Report of the Indian Hemp Drugs Commission, 1894-1895 - Volume VI
Year: 1894
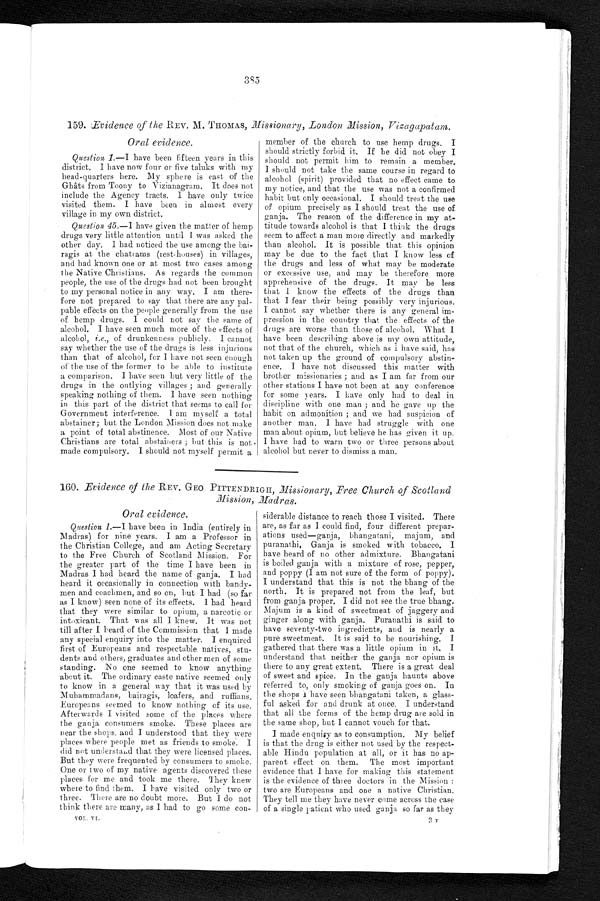
395
159. Evidence of the REV. M. THOMAS, Missionary, London Mission, Vizagapatam.
Oral evidence.
Question 1 .—I have been fifteen years in this
district. I have now four or five taluks with my
head-quarters here. My sphere is east of the
Ghâts from Toony to Vizianagram. It does not
include the Agency tracts. I have only twice
visited them. I have been in almost every
village in my own district.
Question 45.—I have given the matter of hemp
drugs very little attention until I was asked the
other day. I had noticed the use among the bai-
ragis at the chatrams (rest-houses) in villages,
and had known one or at most two cases among
the Native Christians. As regards the common
people, the use of the drugs had not been brought
to my personal notice in any way. I am there
–fore not prepared to say that there are any pal-
pable effects on the people generally from the use
of hemp drugs. I could not say the same of
alcohol. I have seen much more of the effects of
alcohol, i . e ., of drunkenness publicly. I cannot
say whether the use of the drugs is less injurious
than that of alcohol, for I have not seen enough
of the use of the former to be able to institute
a comparison. I have seen but very little of the
drugs in the outlying villages ; and generally
speaking nothing of them. I have seen nothing
in this part of the district that seems to call for
Government interference. I am myself a total
abstainer; but the London Mission does not make
a point of total abstinence. Most of our Native
Christians are total abstainers ; but this is not
made compulsory. I should not myself permit a
member of the church to use hemp drugs. I
should strictly forbid it. If be did not obey I
should not permit him to remain a member.
I should not take the same course in regard to
alcohol (spirit) provided that no effect came to
my notice, and that the use was not a confirmed
habit but only occasional. I should treat the use
of opium precisely as I should treat the use of
ganja. The reason of the difference in my at-
titude towards alcohol is that I think the drugs
seem to affect a man more directly and markedly
than alcohol. It is possible that this opinion
may be due to the fact that I know less of
the drugs and less of what may be moderate
or excessive use, and may be therefore more
apprehensive of the drugs. It may be less
that I know the effects of the drugs than
that I fear their being possibly very injurious.
I cannot say whether there is any general im-
pression in the country that the effects of the
drugs are worse than those of alcohol. What I
have been describing above is my own attitude,
not that of the church, which as i have said, has
not taken up the ground of compulsory abstin-
ence. I have not discussed this matter with
brother missionaries ; and as I am far from our
other stations I have not been at any conference
for some years. I have only had to deal in
discipline with one man ; and he gave up the
habit on admonition ; and we had suspicion of
another man. I have had struggle with one
man about opium, but believe he has given it up.
I have had to warn two or three persons about
alcohol but never to dismiss a man.
160. Evidence of the REV, GEO. PITTENDRIGH, Missionary, Free Church of Scotland
Mission, Madras.
Oral evidence.
Question 1.—I have been in India (entirely in
Madras) for nine years. I am a Professor in
the Christian College, and am Acting Secretary
to the Free Church of Scotland Mission. For
the greater part of the time I have been in
Madras I had heard the name of ganja. I had
heard it occasionally in connection with bandy-
men and coachmen, and so on, but I had (so far
as I know) seen none of its effects. I had heard
that they were similar to opium, a narcotic or
intoxicant. That was all I knew. It was not
till after I heard of the Commission that I made
any special enquiry into the matter. I enquired
first of Europeans and respectable natives, stu-
dents and others, graduates and other men of some
standing. No one seemed to know anything
about it. The ordinary caste native seemed only
to know in a general way that it was used by
Muhammadans, bairagis, loafers, and ruffians.
Europeans seemed to know nothing of its use.
Afterwards I visited some of the places where
the ganja consumers smoke. These places are
near the shops, and I understood that they were
places where people met as friends to smoke. I
did not understand that they were licensed places.
But they were frequented by consumers to smoke.
One or two of my native agents discovered these
places for me and took me there. They knew
where to find them. I have visited only two or
three. There are no doubt more. But I do not
think there are many, as I had to go some con-
V O L . V I .
siderable distance to reach those I visited. There
are, as far as I could find, four different prepar-
ations used—ganja, bhangatani, majum, and
puranathi. Ganja is smoked with tobacco, I
h a v e h e a r d o f n o o t h e r a d m i x t u r e . B h a n g a t a n i i s b o i l e d g a n j a w i t h a m i x t u r e o f r o s e , p e p p e r ,
and poppy (I am not sure of the form of poppy).
I understand that this is not the bhang of the
north. It is prepared not from the leaf, but
from ganja proper. I did not see the true bhang.
Majum is a kind of sweetmeat of jaggery and
ginger along with ganja. Puranathi is said to
have seventy-two ingredients, and is nearly a
pure sweetmeat. It is said to be nourishing. I
gathered that there was a little opium in it, I
understand that neither the ganja nor opium is
there to any great extent. There is a great deal
of sweet and spice. In the ganja haunts above
referred to, only smoking of ganja goes on. In
the shops I have seen bhangatani taken, a glass-
ful asked for and drunk at once. I understand
that all the forms of the hemp drug are sold in
the same shop, but I cannot vouch for that.
I made enquiry as to consumption. My belief
is that the drug is either not used by the respect-
able Hindu population at all, or it has no ap-
parent effect on them. The most important
evidence that I have for making this statement
is the evidence of three doctors in the Mission :
two are Europeans and one a native Christian.
They tell me they have never come across the case
of a single patient who used ganja so far as they